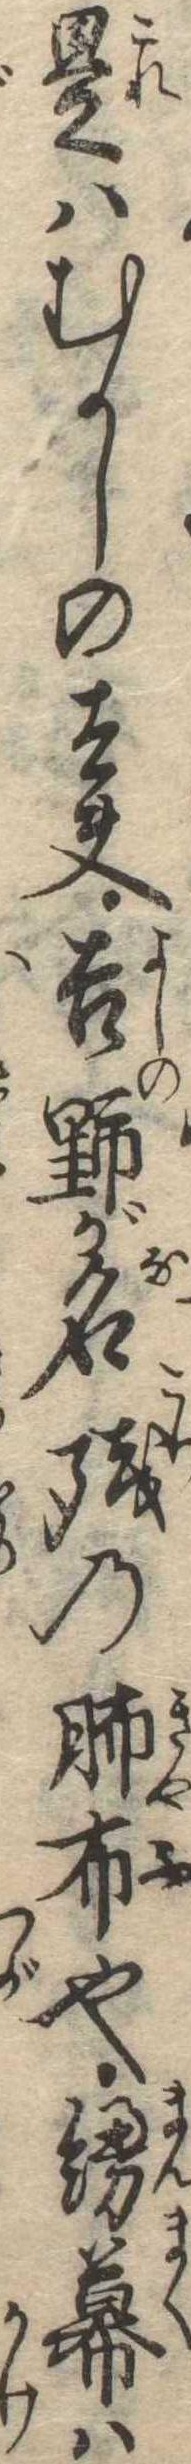
是はむかしの太夫吉野が名残の布也縵幕は